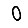
Digit: 0